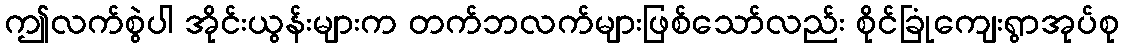
ဤလက်စွဲပါ အိုင်းယွန်းများက တက်ဘလက်များဖြစ်သော်လည်း စိုင်ခြုံကျေးရွာအုပ်စု